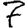
Digit: 7